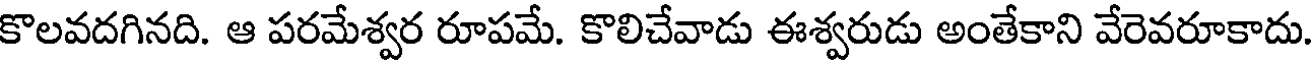
కొలవదగినది. ఆ పరమేశ్వర రూపమే. కొలిచేవాడు ఈశ్వరుడు అంతేకాని వేరెవరూకాదు.